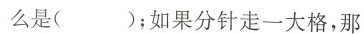
么是( )；如果分针走一大格，那